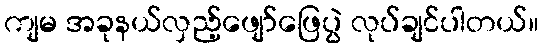
ကျမ အခုနယ်လှည့်ဖျော်ဖြေပွဲ လုပ်ချင်ပါတယ်။